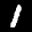
Label: 1